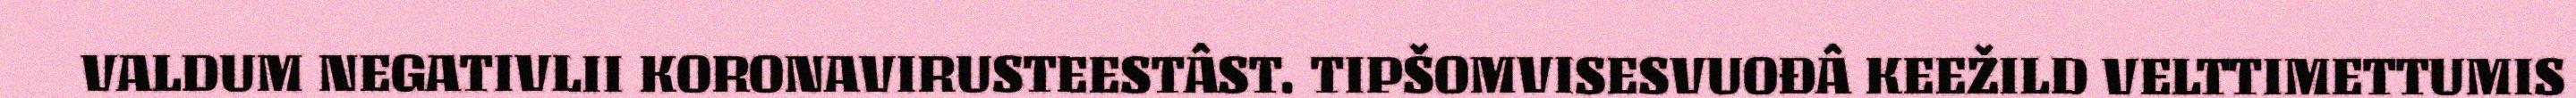
VALDUM NEGATIVLII KORONAVIRUSTEESTÂST. TIPŠOMVISESVUOĐÂ KEEŽILD VELTTIMETTUMIS